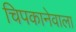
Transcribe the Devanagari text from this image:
चिपकानेवाला